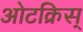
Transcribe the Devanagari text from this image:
ओटक्रिस्